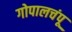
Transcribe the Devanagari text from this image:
गोपालचंपू